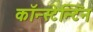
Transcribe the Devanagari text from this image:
कॉन्स्टेन्टिन